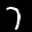
Label: 7